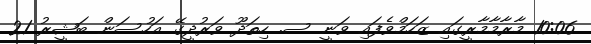
10:06 މާރާމާމާރީގައި ޒަހަމްވެފައި ވަނީ ސ. ހިތަދޫ ވަރުދީގޭ އަހުސަން ބަޝީރު 21